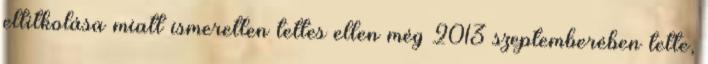
eltitkolása miatt ismeretlen tettes ellen még 2013 szeptemberében tette,